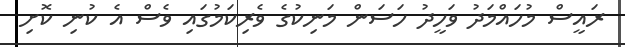
ރައީސް މުހައްމަދު ވަހީދު ހަސަން މަނިކުގެ ވެރިކަމުގައި ވެސް އެ ކުނި ކޮށި